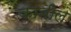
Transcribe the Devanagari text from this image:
क़ाबील